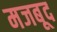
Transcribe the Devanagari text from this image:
मजबूद